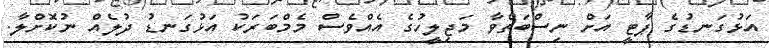
އަޅުގަނޑުގެ ޕާޓީ އަށް ނިސްބަތްވާ މަޖިލީހުގެ އެއްވެސް މެމްބަރަކު އަޅުގަނޑު ދުލެއް ނުކޮށްލާ.